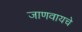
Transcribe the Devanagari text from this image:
जाणवायचे